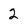
Character: 2